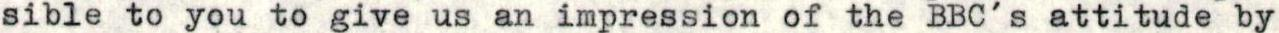
sible to you to give us an impression of the BBC's attitude by